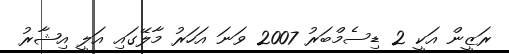
ރަޒީން އަކީ 2 ޑިސެމްބަރު 2007 ވަނަ އަހަރު މާލޭގައި އަލީ އިޝާރު